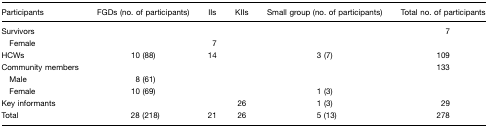
<table><thead><tr><td><b>Participants</b></td><td><b>FGDs (no. of participants)</b></td><td><b>IIs</b></td><td><b>KIIs</b></td><td><b>Small group (no. of participants)</b></td><td><b>Total no. of participants</b></td></tr></thead><tbody><tr><td>Survivors</td><td></td><td></td><td></td><td></td><td>7</td></tr><tr><td> Female</td><td></td><td>7</td><td></td><td></td><td></td></tr><tr><td>HCWs</td><td>10 (88)</td><td>14</td><td></td><td>3 (7)</td><td>109</td></tr><tr><td>Community members</td><td></td><td></td><td></td><td></td><td>133</td></tr><tr><td> Male</td><td>8 (61)</td><td></td><td></td><td></td><td></td></tr><tr><td> Female</td><td>10 (69)</td><td></td><td></td><td>1 (3)</td><td></td></tr><tr><td>Key informants</td><td></td><td></td><td>26</td><td>1 (3)</td><td>29</td></tr><tr><td>Total</td><td>28 (218)</td><td>21</td><td>26</td><td>5 (13)</td><td>278</td></tr></tbody></table>